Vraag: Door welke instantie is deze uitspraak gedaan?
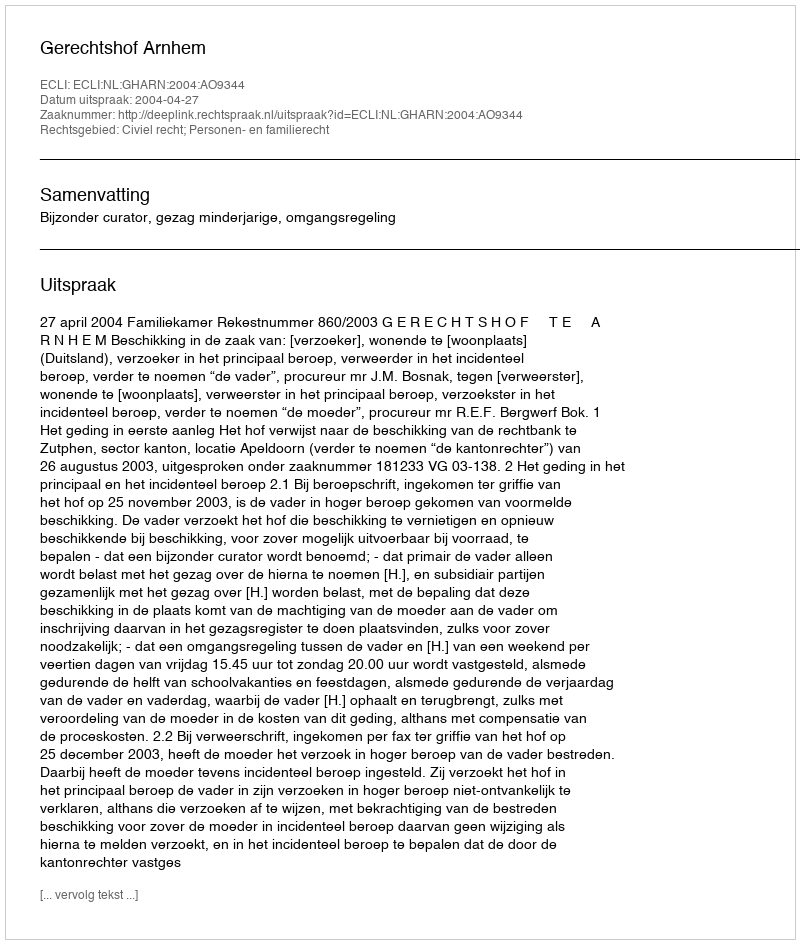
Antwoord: Gerechtshof Arnhem